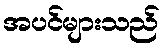
အပင်များသည်